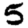
Digit: 5